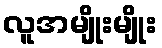
လူအမျိုးမျိုး